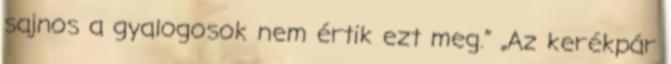
sajnos a gyalogosok nem értik ezt meg.” „Az kerékpár